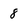
Character: 8